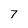
Character: 7